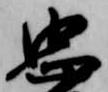
忠